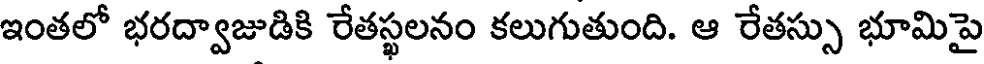
ఇంతలో భరద్వాజుడికి రేతస్థలనం కలుగుతుంది. ఆ రేతస్సు భూమిపై